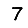
Digit: 7